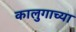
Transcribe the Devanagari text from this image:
कालुगाच्या